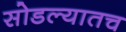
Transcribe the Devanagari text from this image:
सोडल्यातच